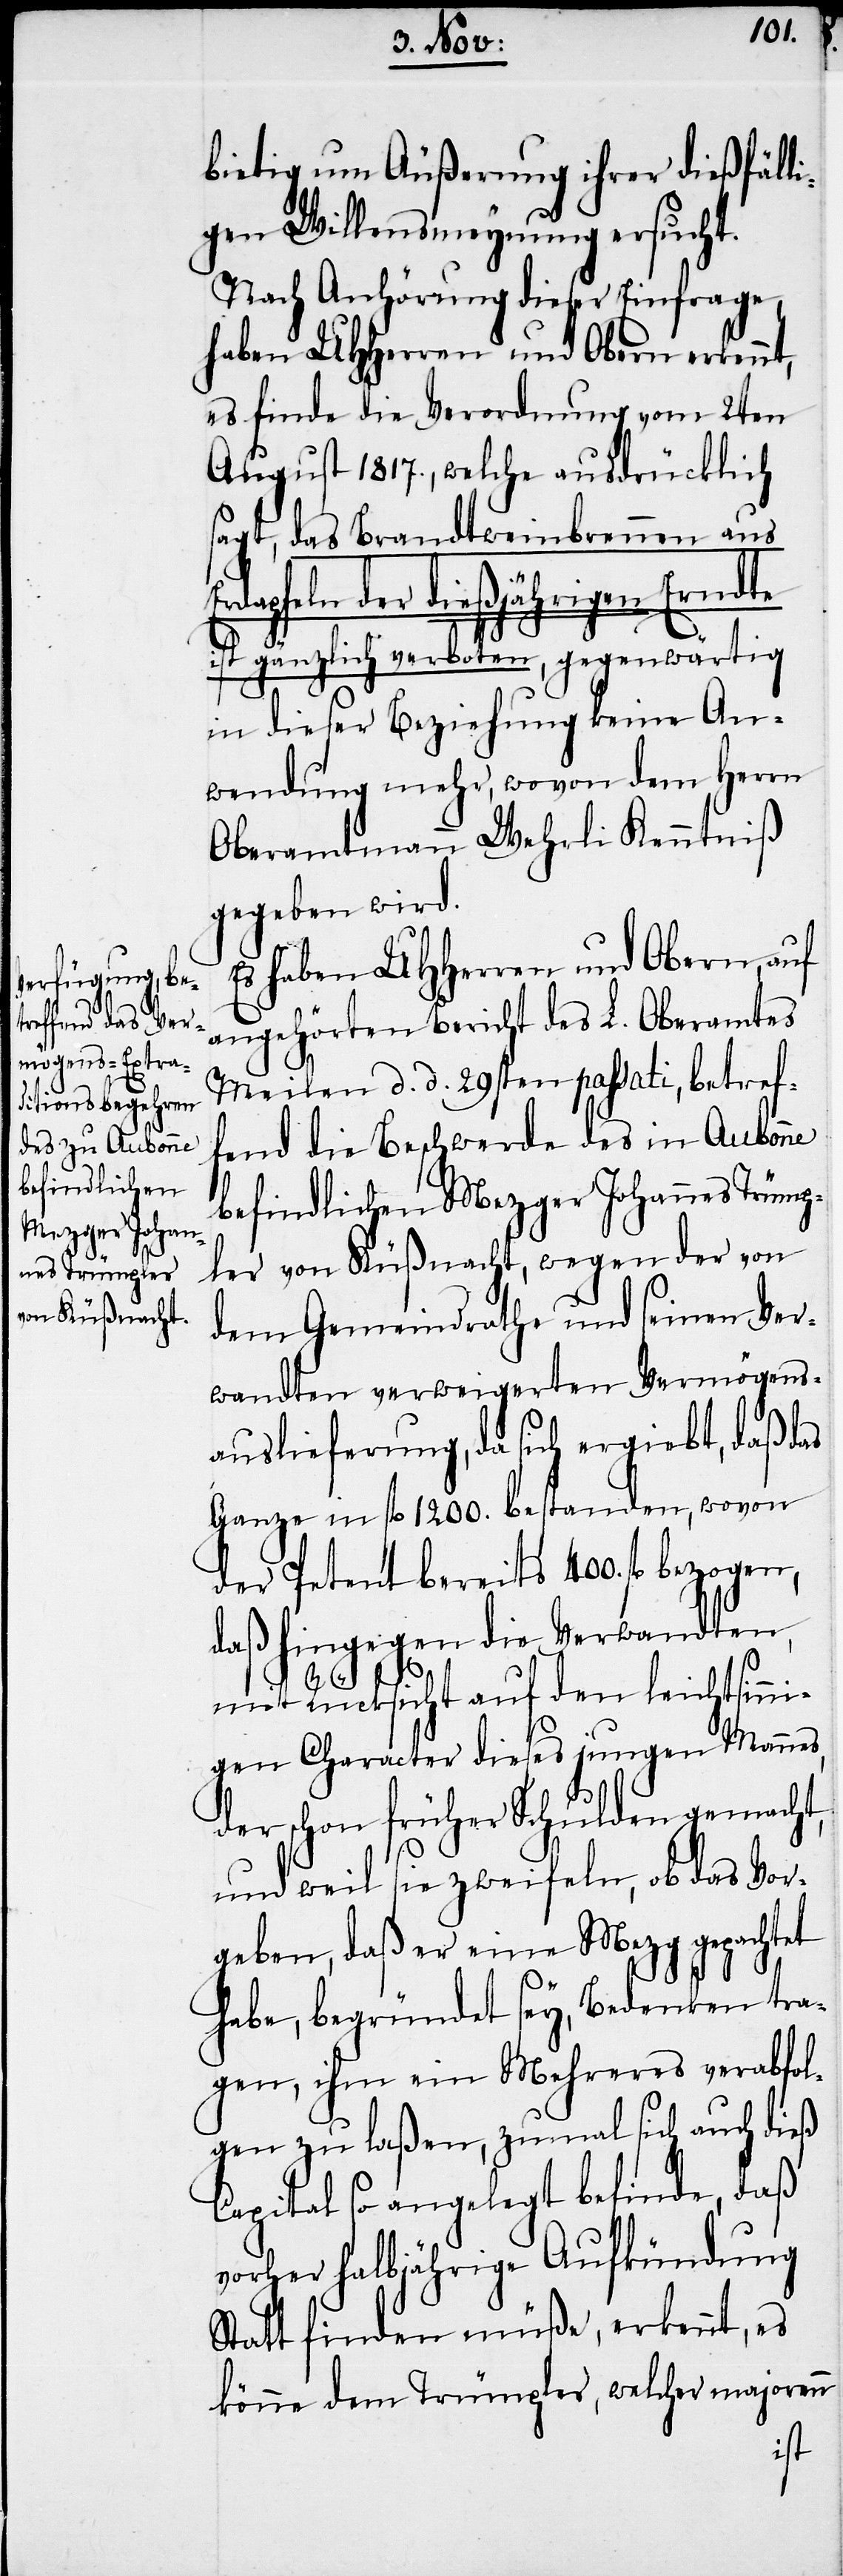
bietig um Äußerung ihrer dießfäll¬
igen Willensmeynung ersucht.
Nach Anhörung dieser Einfrage,
haben UHHerren und Obern erkennt,
es finde die Verordnung vom 2ten
August 1817., welche ausdrücklich
sagt, das Brandtweinbrennen aus
feln der dießjährigen Erndte
ist gänzlich verboten, gegenwärtig
in dieser Beziehung keine An¬
wendung mehr, wovon dem Herrn
Oberamtmann Wehrli Kenntniß
gegeben wird.
Es haben UHHerren und Obern, auf
angehörten Bericht des L. Oberamtes
Meilen d. d. 29sten passati, betref¬
fend die Beschwerde des in Aubonne
befindlichen Mezger Johannes Trümp¬
ler von Küßnacht, wegen der von
dem Gemeindrathe und seinen Ver¬
wandten verweigerten Vermögens¬
auslieferung, da sich ergiebt, daß das
Ganze in fl 1200. bestanden, wovon
der Petent bereits 400. fl bezogen,
daß hingegen die Verwandten,
Erdap¬
mit Rücksicht auf den leichtsinni¬
gen Character dieses jungen Mannes,
der schon früher Schulden gemacht,
und weil sie zweifeln, ob das Vor¬
geben, daß er eine Mezg gepachtet
habe, begründet sey, Bedenken tra¬
gen, ihm ein Mehreres verabfol¬
gen zu laßen, zumal sich auch dieß
Capital so angelegt befinde, daß
vorher halbjährige Aufkündung
Statt finden müße, erkennt, es
könne dem Trümpler, welcher majorenn